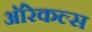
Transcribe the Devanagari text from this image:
ऑरेकल्स